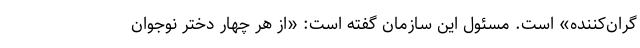
گران‌کننده» است. مسئول این سازمان گفته است: «از هر چهار دختر نوجوان